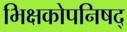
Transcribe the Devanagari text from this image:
भिक्षकोपनिषद्